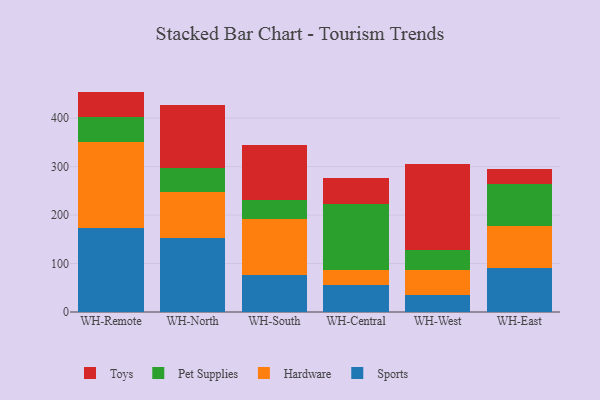
{"axis": {"x": "Warehouse", "y": "Temperature (°C)"}, "legend": ["Hardware", "Pet Supplies", "Sports", "Toys"], "data": [{"x": "WH-Remote", "y": 174.3, "type": "Sports"}, {"x": "WH-Remote", "y": 176.1, "type": "Hardware"}, {"x": "WH-Remote", "y": 52.9, "type": "Pet Supplies"}, {"x": "WH-Remote", "y": 51.5, "type": "Toys"}, {"x": "WH-North", "y": 153.2, "type": "Sports"}, {"x": "WH-North", "y": 93.8, "type": "Hardware"}, {"x": "WH-North", "y": 50.4, "type": "Pet Supplies"}, {"x": "WH-North", "y": 129.5, "type": "Toys"}, {"x": "WH-South", "y": 76.8, "type": "Sports"}, {"x": "WH-South", "y": 116.1, "type": "Hardware"}, {"x": "WH-South", "y": 38.4, "type": "Pet Supplies"}, {"x": "WH-South", "y": 113.3, "type": "Toys"}, {"x": "WH-Central", "y": 55.3, "type": "Sports"}, {"x": "WH-Central", "y": 30.7, "type": "Hardware"}, {"x": "WH-Central", "y": 137.7, "type": "Pet Supplies"}, {"x": "WH-Central", "y": 53.3, "type": "Toys"}, {"x": "WH-West", "y": 35.8, "type": "Sports"}, {"x": "WH-West", "y": 51.5, "type": "Hardware"}, {"x": "WH-West", "y": 40.6, "type": "Pet Supplies"}, {"x": "WH-West", "y": 178.0, "type": "Toys"}, {"x": "WH-East", "y": 90.7, "type": "Sports"}, {"x": "WH-East", "y": 87.0, "type": "Hardware"}, {"x": "WH-East", "y": 85.7, "type": "Pet Supplies"}, {"x": "WH-East", "y": 31.6, "type": "Toys"}]}